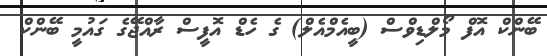
ބޭންކް އޮފް މޯލްޑިވްސް (ބީއެމްއެލް) ގެ ހެޑް އޮފީސް ރާއްޖޭގެ ގައުމީ ބޭންކް